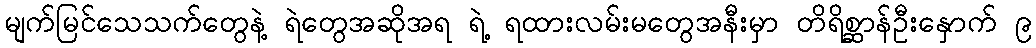
မျက်မြင်သေသက်တွေနဲ့ ရဲတွေအဆိုအရ ရဲ့ ရထားလမ်းမတွေအနီးမှာ တိရိစ္ဆာန်ဦးနှောက် ၉